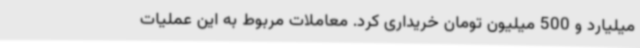
میلیارد و 500 میلیون تومان خریداری کرد. معاملات مربوط به این عملیات